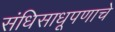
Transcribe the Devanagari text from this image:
संधिसाधूपणाचे